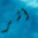
أشر